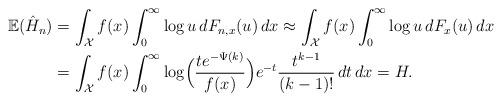
LaTeX: \begin{align*}\mathbb{E}(\hat{H}_n) &= \int_\mathcal{X} f(x) \int_0^\infty \log u \,dF_{n,x}(u) \,dx \approx \int_\mathcal{X} f(x) \int_0^\infty \log u \,dF_x(u) \,dx \\& = \int_{\mathcal{X}} f(x) \int_0^\infty \log\Bigl(\frac{te^{-\Psi(k)}}{f(x)}\Bigr) e^{-t}\frac{t^{k-1}}{(k-1)!} \, dt \, dx = H.\end{align*}